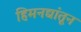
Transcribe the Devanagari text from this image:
हिमनद्यांतून